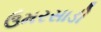
ઉમરસાડી